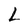
Character: L